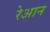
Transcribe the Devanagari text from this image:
रेआन